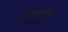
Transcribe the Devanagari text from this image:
जलतरंगों